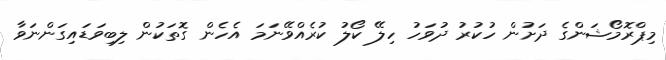
މިޕްރޮމޯޝަންގެ ދަށުން ހުކުރު ދުވަހު ހިލޭ ކޯލު ކުރެއްވޭނަމަ އެހެން ގޮތަކުން ލިބިވަޑައިގަންނަވާ